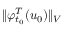
\Vert \varphi _ { t _ { 0 } } ^ { T } ( u _ { 0 } ) \Vert _ { V }